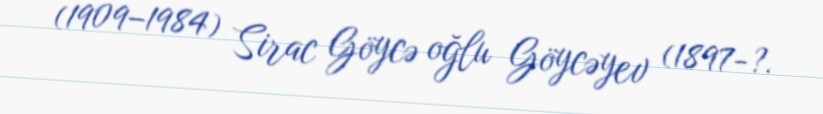
(1909–1984) Sirac Göycə oğlu Göycəyev (1897-?.